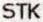
STK